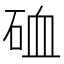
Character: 𥒌